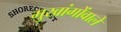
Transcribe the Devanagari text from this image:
मुखांगोंवाले